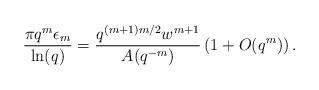
LaTeX: \begin{align*}\frac{\pi q^{m}\epsilon_{m}}{\ln(q)}=\frac{q^{(m+1)m/2}w^{m+1}}{A(q^{-m})}\left(1+O(q^{m})\right).\end{align*}